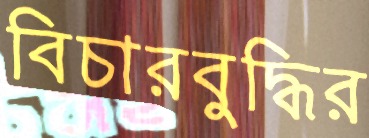
বিচারবুদ্ধির